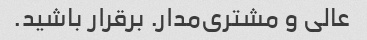
عالی و مشتری‌مدار. برقرار باشید.